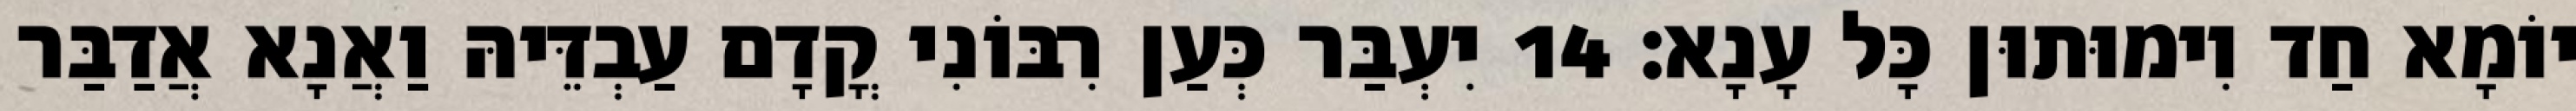
יוֹמָא חַד וִימוּתוּן כָּל עָנָא׃ 14 יִעְבַּר כְּעַן רִבּוֹנִי קֳדָם עַבְדֵּיהּ וַאֲנָא אֲדַבַּר